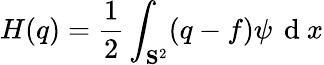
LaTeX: H(q)=\frac{1}{2}\int_{\mathbf{S}^{2}}(q-f)\psi\, \mathrm{~d~}x